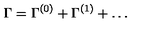
\Gamma = \Gamma ^ { ( 0 ) } + \Gamma ^ { ( 1 ) } + \dots